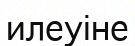
илеуіне